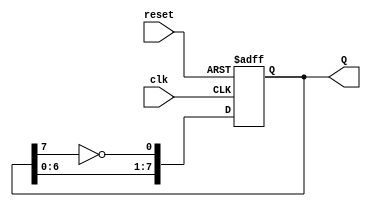
module JohnsonCounter (
    input wire clk,          // Clock input
    input wire reset,        // Asynchronous reset input
    output reg [7:0] Q       // 8-bit output
);

    // Always block for the Johnson counter functionality
    always @(posedge clk or posedge reset) begin
        if (reset) begin
            Q <= 8'b00000000; // Reset counter to 0
        end else begin
            // Shift the bits and apply feedback from the last flip-flop
            Q <= {Q[6:0], ~Q[7]};
        end
    end

endmodule